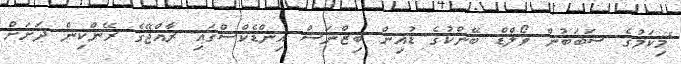
"މިކަމުގެ ސަބަބުން ވޯލްޑް ބޭންކުގެ ޑުއިން ބިޒްނަސް އިންޑެކްސްގައި ރާއްޖޭގެ ރޭންކިން ދަށަށް